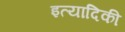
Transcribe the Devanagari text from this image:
इत्‍यादिकी